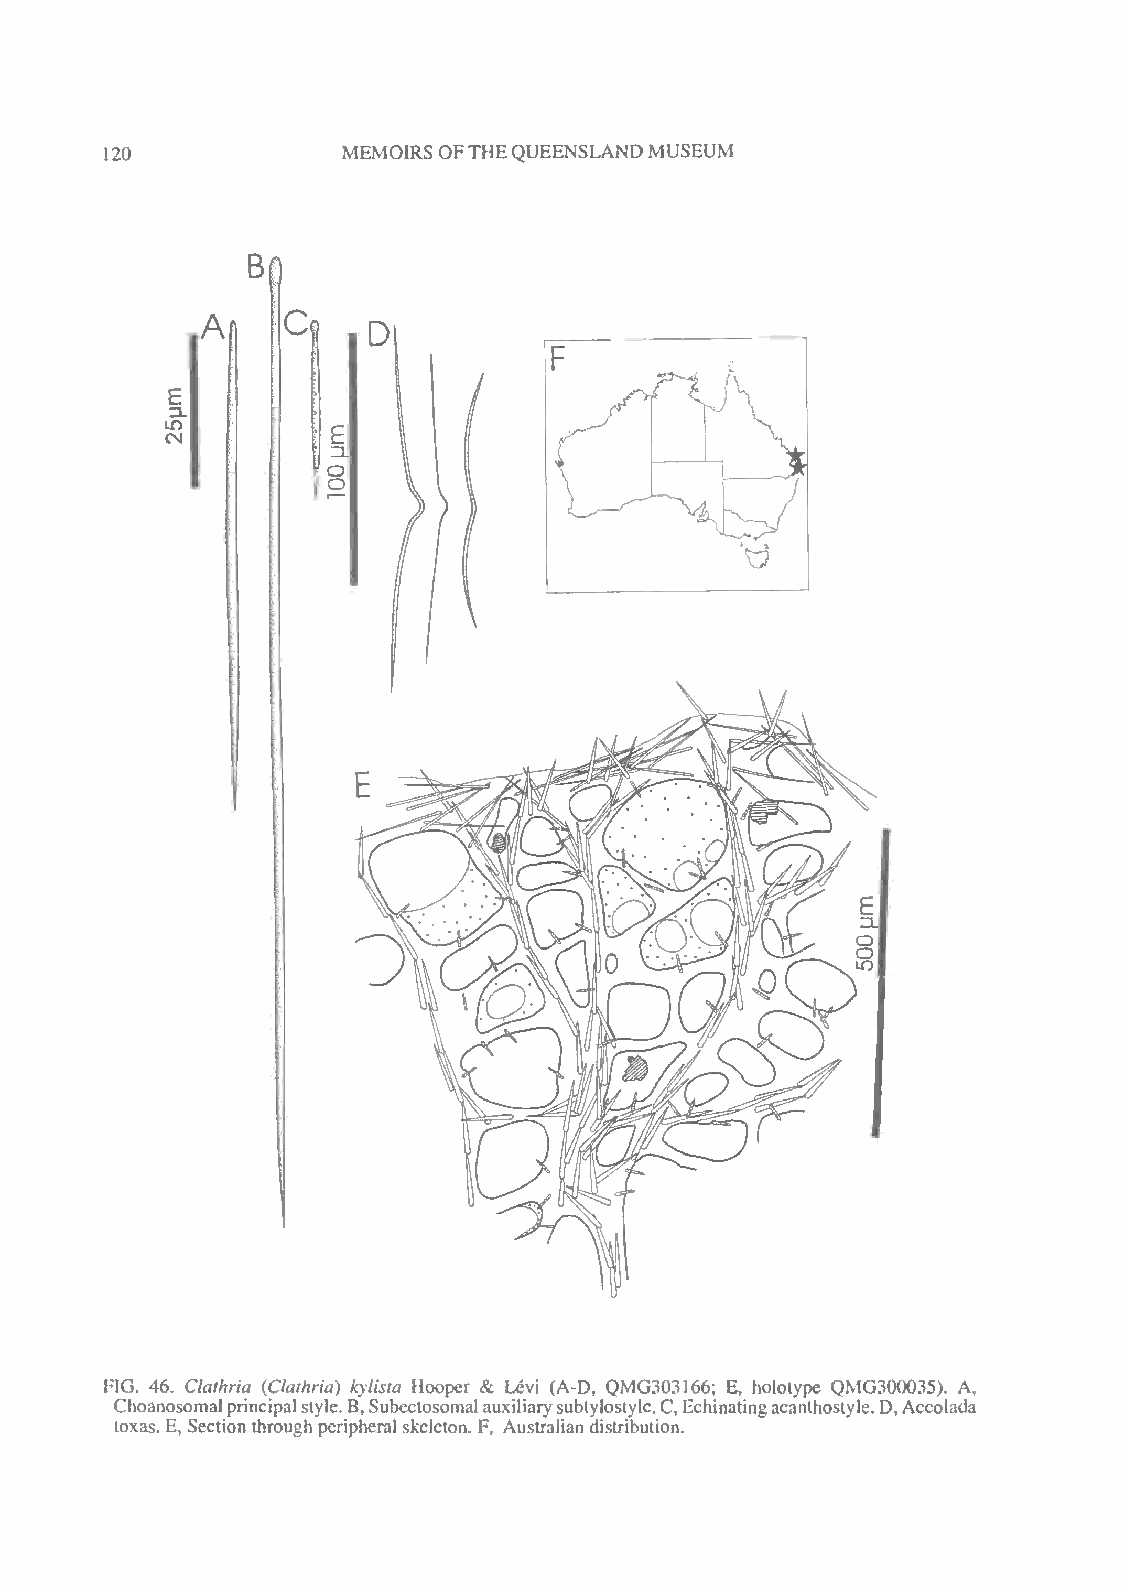
MEMOIRS OFTHEQUEENSLAND MUSEUM
 120
 B
 A
 /fVv
 E
 CM
 FIG. 46. Clathria (Clathria) kylista Hooper & Levi (A-D, QMG303166; E, holotype QMG300035). A,
 Choanosomalprincipalstyle.B,Subcclosomalauxiliarysubtylostyle.C,Echinatingacanthostyle.D,Accolada
 loxas. E, Section through peripheral skeleton. F Australian distribution.
 t